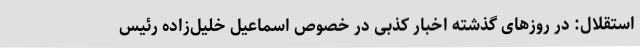
استقلال: در روزهای گذشته اخبار کذبی در خصوص اسماعیل خلیل‌زاده رئیس